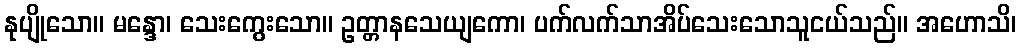
နုပျိုသော။ မန္ဒော၊ သေးကွေးသော။ ဥတ္တာနသေယျကော၊ ပက်လက်သာအိပ်သေးသောသူငယ်သည်။ အဟောသိ၊